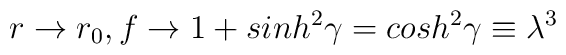
r\rightarrow r_0, f \rightarrow 1+sinh^2\gamma=cosh^2\gamma\equiv\lambda^3